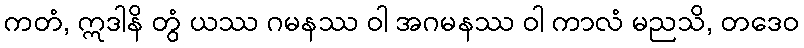
ကတံ, ဣဒါနိ တွံ ယဿ ဂမနဿ ဝါ အဂမနဿ ဝါ ကာလံ မညသိ, တဒေဝ